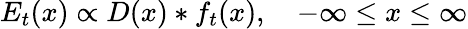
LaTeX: E_{t}(x)\propto D(x)*f_{t}(x),\quad-\infty\leq x\leq\infty